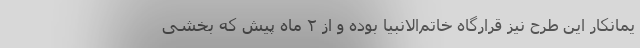
یمانکار این طرح نیز قرارگاه خاتم‌الانبیا بوده و از ۲ ماه پیش که بخشی